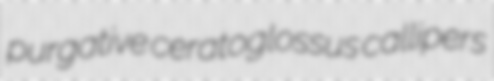
purgative ceratoglossus callipers